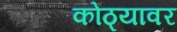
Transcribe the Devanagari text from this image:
कोठ्यावर